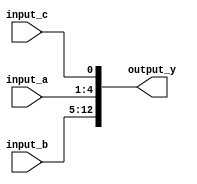
module concatenation_example (
    input wire [3:0] input_a,   // 4-bit input signal
    input wire [7:0] input_b,   // 8-bit input signal
    input wire input_c,         // 1-bit input signal
    output wire [12:0] output_y // 13-bit output signal
);

// Continuous assignment using concatenation
assign output_y = {input_b, input_a, input_c}; // Concatenate input_b, input_a, and input_c

endmodule